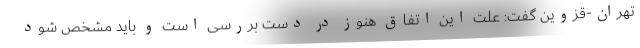
تهران-قزوین گفت: علت این اتفاق هنوز در دست بررسی است و باید مشخص شود